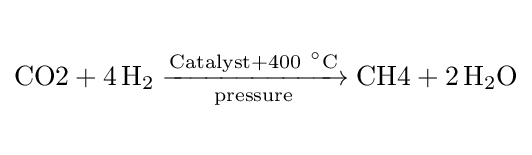
{\begin{matrix}{}\\{{\text{CO2}}{}+{}4\,\mathrm {H} {\vphantom {A}}_{\smash[{t}]{2}}{}\mathrel {\xrightarrow[{\mathrm {pressure} }]{\mathrm {Catalyst} {}+{}400\ {\vphantom {A}}^{\circ }\mathrm {C} }} {}{\text{CH4}}{}+{}2\,\mathrm {H} {\vphantom {A}}_{\smash[{t}]{2}}\mathrm {O} }\\{}\end{matrix}}